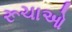
રૂચાઓ